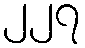
၂၂၇